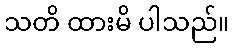
သတိ ထားမိ ပါသည်။